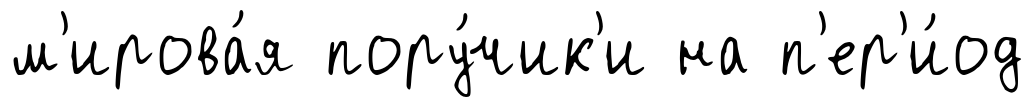
м'ирова́я пору́чик'и на п'ер'и́од